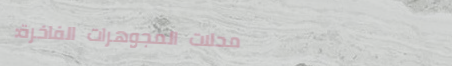
محلات المجوهرات الفاخرة: